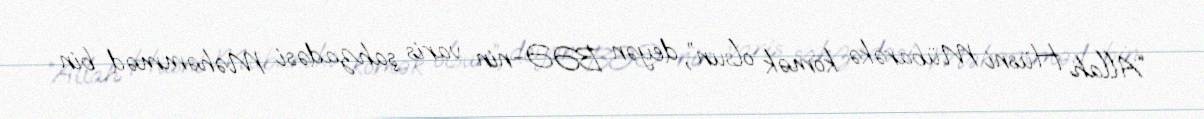
“Allah Hüsni Mübarəkə kömək olsun”, deyən BƏƏ-nin varis şahzadəsi Məhəmməd bin